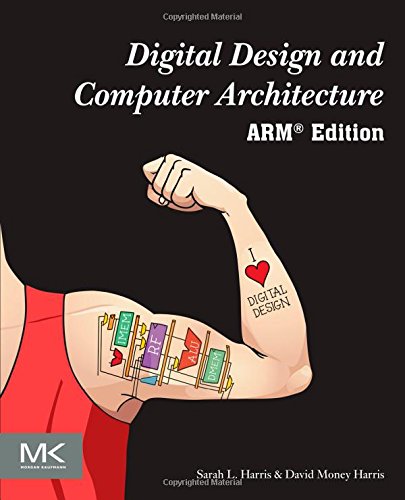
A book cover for Digital Design and Computer Architecture: ARM Edition; Sarah Harris; Computers & Technology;